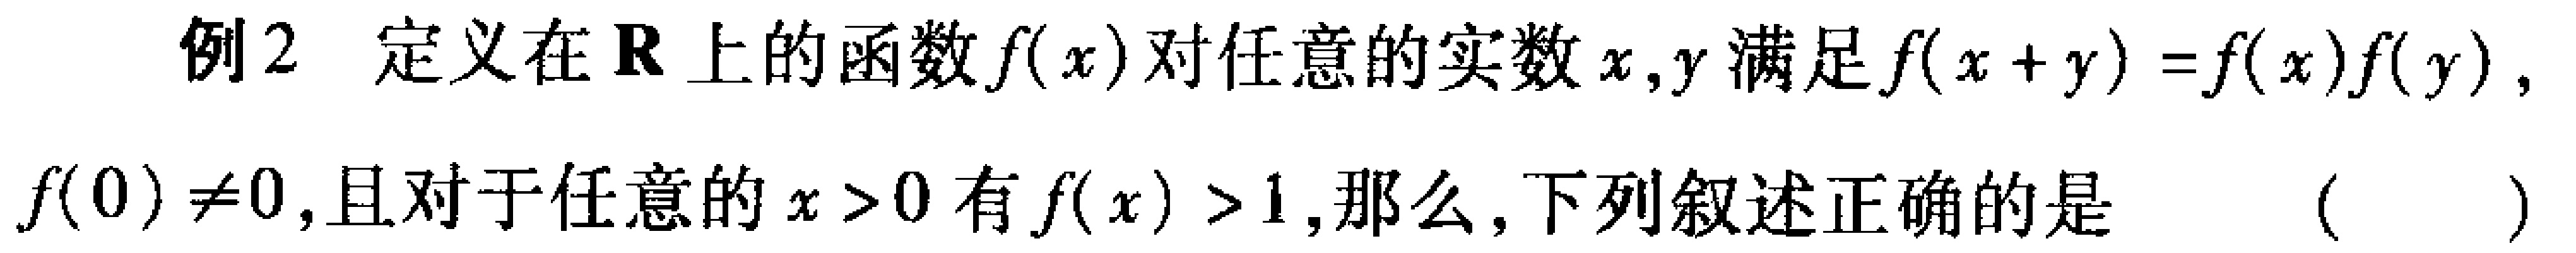
例2 定义在$\mathbf{R}$上的函数$f(x)$对任意的实数$x,y$满足$f(x + y)=f(x)f(y)$，$f(0)\neq0$，且对于任意的$x > 0$有$f(x)>1$，那么，下列叙述正确的是 （  ）